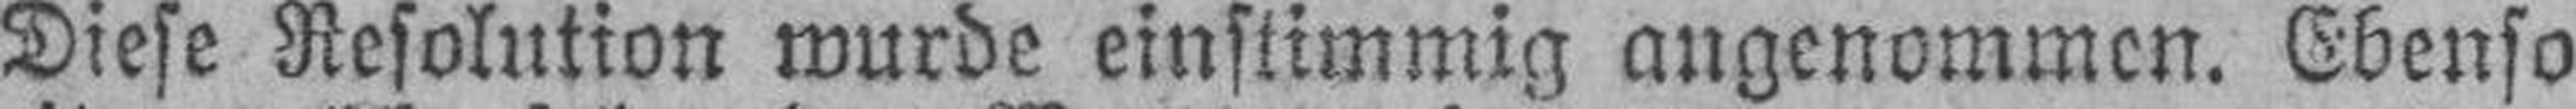
Diese Resolution wurde einstimmig angenommen. Ebenso